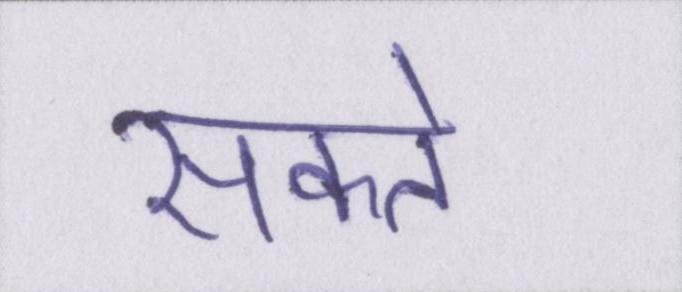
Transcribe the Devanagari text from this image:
सकते